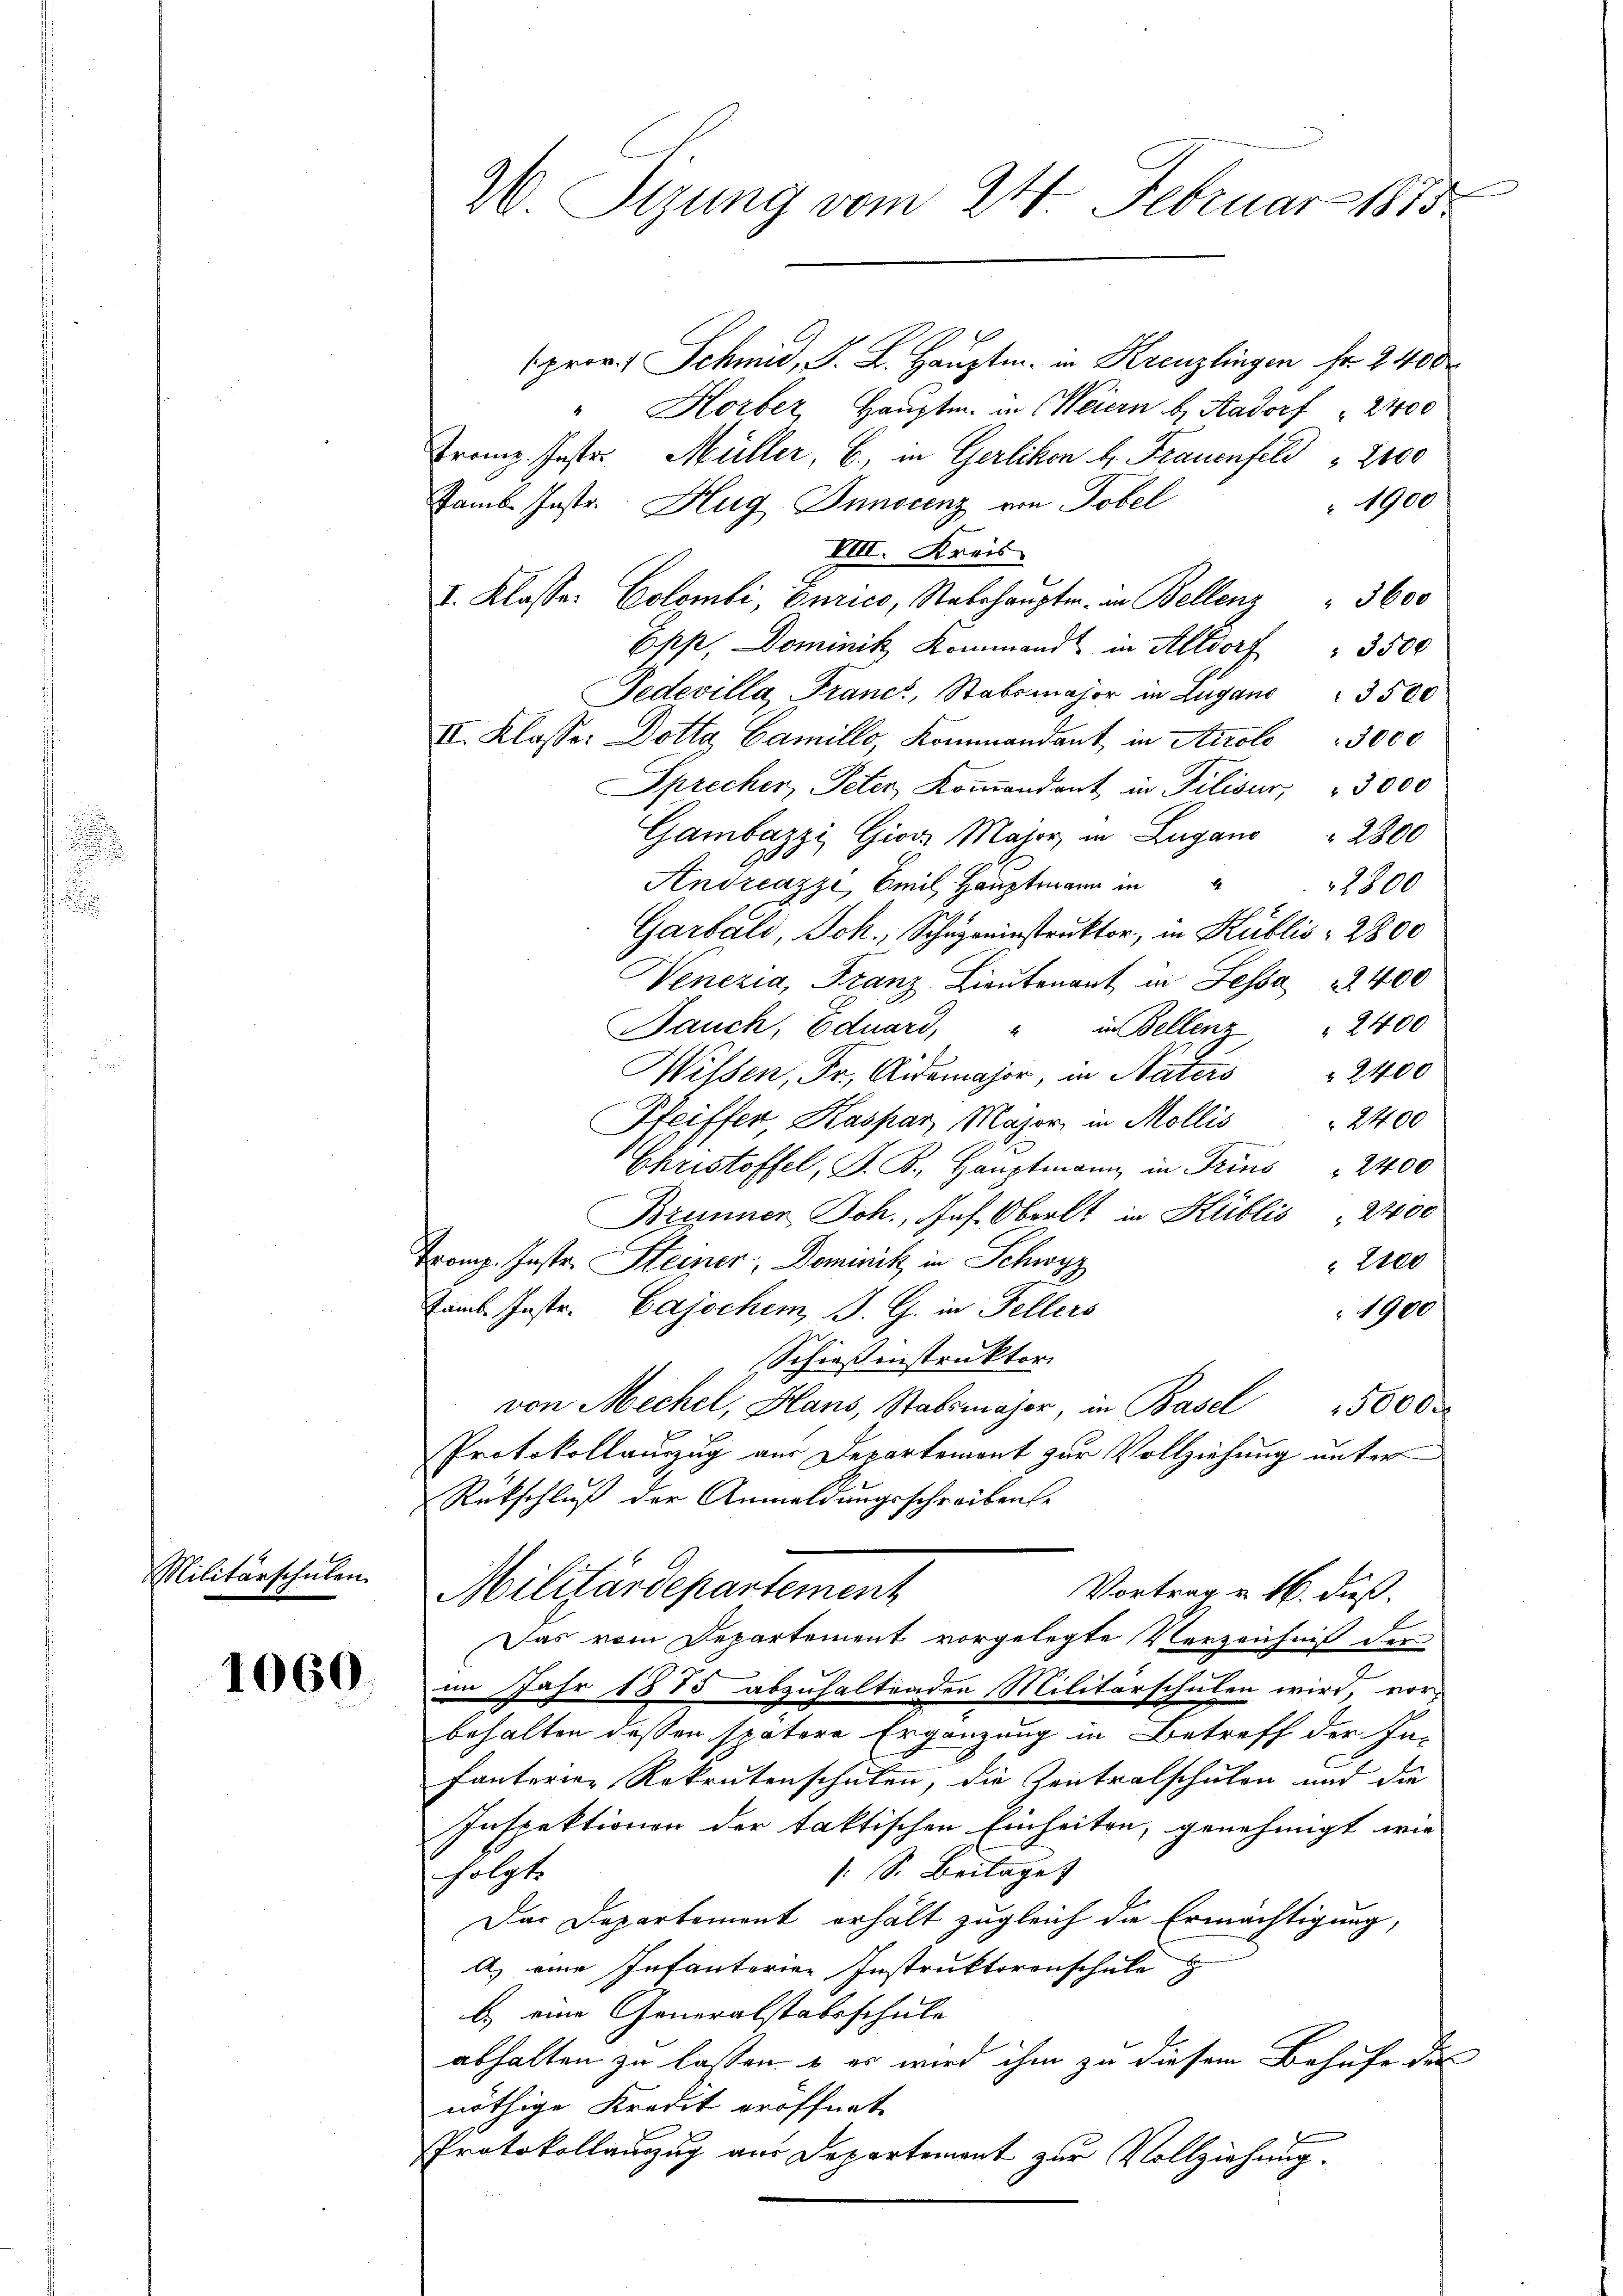
Militärschulen.

1060.

26 Sizung vom 24. Februar 1875.

prov. Schmid, F. L. Hauptm. in Kreuzlingen fr. 2400
" Horber, Hauptm. in Meiern b Aadorf " 2400
Franz. Jester Müller, E., in Gerlikon H. Frauenfeld " 2400
1900
Famb. Jostr. Hug Innocenz von Tobel
VIII. Kreis
I. Klasser Colombi, Curico, Stabshauptm. in Bellenz " 3600
Opp, Dominik Kommandt in Altdorf
 3500
Fedevilla, Franc, Stabsmajor in Lugano 3500
II. Klasse. Dotta Camillo, Kommandant in Airole: 3000
Sprecher, Peter Koṁandant in Pilisur, " 3000
Gambazzi Gior Major, in Lugano " 2800
Andreazzi, Emil Hauptmann in
2800
Garbald, Joh. Schuzeinstruktor, in Kublis = 2800
Wenezia, Franz Lieutenant in Sessa 3400
Jauch, Eduard, " in Bellenz " 2400
Wissen, Fr., Aidemajor, in Naters " 2400
Pfeiffer Kaspar Major in Mollis 2400
Christoffel, S. B. Hauptmann in Trins " 2400
Brunner Joh., Auf Oberst in Küblis 2400
Tranz. Instr. Steiner, Dominik in Schwyz
2100
amb. Instr. Cajochen J. G. in Fellers
1900
Schießinstruktor
von Mechel, Hans, Stabsmajor, in Basel 15000 r
Protokollauszug aus Departemont zur Vollziehung unter
Rükschluß der Anmeldungsschreibens
Militärdepartement
Vortrag u. 16. dieß.
Das vom Departement vorgelegte Verzeichniß der
im Jahr 1875 abzuhaltenden Militärschulen wird, vor
behalten dessen spätere Ergänzung in Betreff der In-
fanterien Rekrutenschulen, die Zentralschulen und die
Inspektionen der taktischen Einheiten, genehmigt wie
: S. Beilage
folgt
Das Departement erhält zugleich die Ermächtigung,
A. eine Infanterien Instruktorenschule
b.) eine Generalstabsschule
abhalten zu lassen, & es wird ihm zu diesem Behufe der
nöthige Kredit eröffnet
Protokollauszug aus Departement zur Vollziehung.